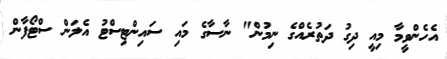
އެހެންވީމާ މިއީ ދިގު ދަތުރެއްގެ ނިމުން" ނާސާގެ މައި ސައިންޓިސްޓު އެލަން ސްޓޯފާން